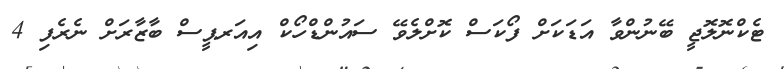
ޓެކްނޮލޮޖީ ބޭނުންވާ އަޑަކަށް ފޯކަސް ކޮށްލެވޭ ސައުންޑްހޯކް އިއަރޕީސް ބާޒާރަށް ނެރެފި 4